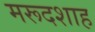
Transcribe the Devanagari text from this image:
मरूदशाह